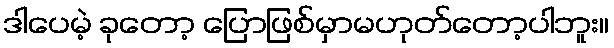
ဒါပေမဲ့ ခုတော့ ပြောဖြစ်မှာမဟုတ်တော့ပါဘူး။